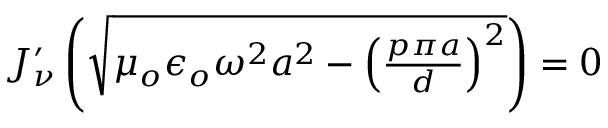
\begin{array} { r } { J _ { \nu } ^ { \prime } \left( \sqrt { \mu _ { o } \epsilon _ { o } \omega ^ { 2 } a ^ { 2 } - \left( \frac { p \pi a } { d } \right) ^ { 2 } } \right) = 0 } \end{array}